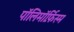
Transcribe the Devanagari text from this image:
पॉलिमॉर्फ़िस्म